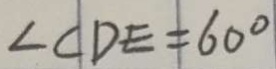
\angle C D E = 6 0 ^ { \circ }